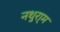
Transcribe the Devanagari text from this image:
नथुरा्म